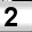
Digit: 2